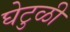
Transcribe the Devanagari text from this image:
घेटुळी